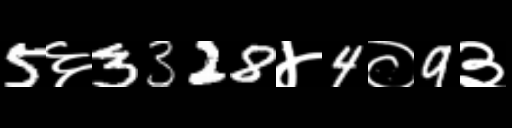
Text: 5६3328४4०9३